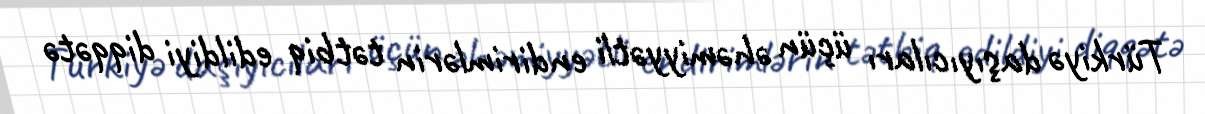
Türkiyə daşıyıcıları üçün əhəmiyyətli endirimlərin tətbiq edildiyi diqqətə